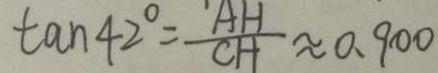
\tan 4 2 ^ { \circ } = \frac { A H } { C H } \approx 0 . 9 0 0